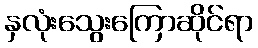
နှလုံးသွေးကြောဆိုင်ရာ